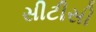
સીટીસી